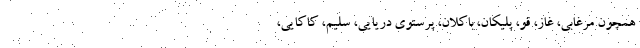
همچون مرغابی، غاز، قو، پلیکان، باکلان، پرستوی دریایی، سلیم، کاکایی،